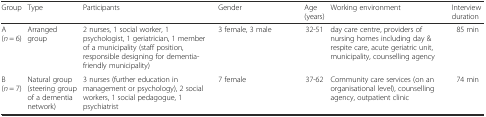
<table><thead><tr><td><b>Group</b></td><td><b>Type</b></td><td><b>Participants</b></td><td><b>Gender</b></td><td><b>Age (years)</b></td><td><b>Working environment</b></td><td><b>Interview duration</b></td></tr></thead><tbody><tr><td>A (<i>n</i> = 6)</td><td>Arranged group</td><td>2 nurses, 1 social worker, 1 psychologist, 1 geriatrician, 1 member of a municipality (staff position, responsible designing for dementia-friendly municipality)</td><td>3 female, 3 male</td><td>32-51</td><td>day care centre, providers of nursing homes including day &amp; respite care, acute geriatric unit, municipality, counselling agency</td><td>85 min</td></tr><tr><td>B (<i>n</i> = 7)</td><td>Natural group (steering group of a dementia network)</td><td>3 nurses (further education in management or psychology), 2 social workers, 1 social pedagogue, 1 psychiatrist</td><td>7 female</td><td>37-62</td><td>Community care services (on an organisational level), counselling agency, outpatient clinic</td><td>74 min</td></tr></tbody></table>